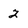
Character: 2